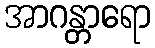
အာဂန္တာရော